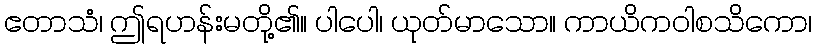
ဧတာသံ၊ ဤရဟန်းမတို့၏။ ပါပေါ၊ ယုတ်မာသော။ ကာယိကဝါစသိကော၊